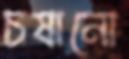
চষানো